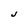
Character: J